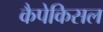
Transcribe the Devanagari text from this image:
कैपेकिसल